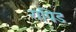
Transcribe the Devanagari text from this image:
रापिड